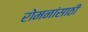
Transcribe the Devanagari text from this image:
रोमनांसाठी